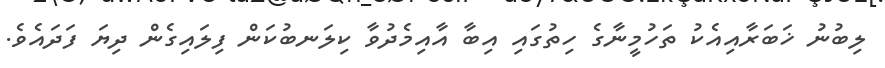
ލިބުނު ޚަބަރާއިއެކު ތަހުމީނާގެ ހިތުގައި އިބާ އާއިމެދުވާ ކިލަނބުކަން ފިލައިގެން ދިޔަ ފަދައެވެ.